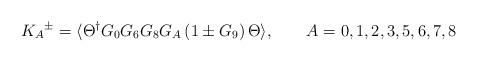
LaTeX: \begin{align*}{K_A}^\pm = \langle \Theta^\dagger G_0 G_6 G_8 G_A \left(1 \pm G_9\right) \Theta \rangle, \qquad A = 0, 1, 2, 3, 5, 6, 7, 8 \end{align*}